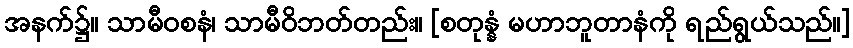
အနက်၌။ သာမီဝစနံ၊ သာမီဝိဘတ်တည်း။ [စတုန္နံ မဟာဘူတာနံကို ရည်ရွယ်သည်။]